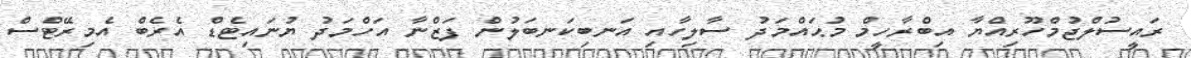
ރައީސުލްޖުމްހޫރިއްޔާ އިބްރާހީމް މުޙައްމަދު ސާލިހާއި އަނބިކަނބަލުން ފަޒްނާ އަހްމަދު ޔުނައިޓެޑް އެރެބް އެމިރޭޓްސް